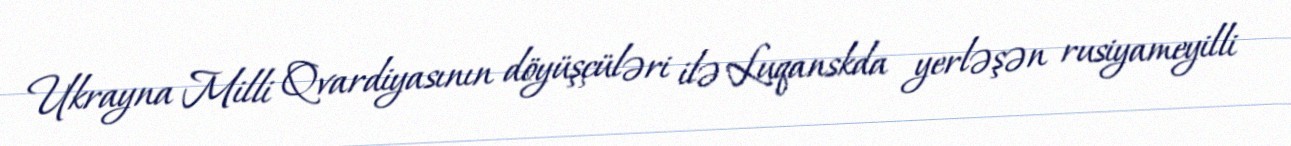
Ukrayna Milli Qvardiyasının döyüşçüləri ilə Luqanskda yerləşən rusiyameyilli